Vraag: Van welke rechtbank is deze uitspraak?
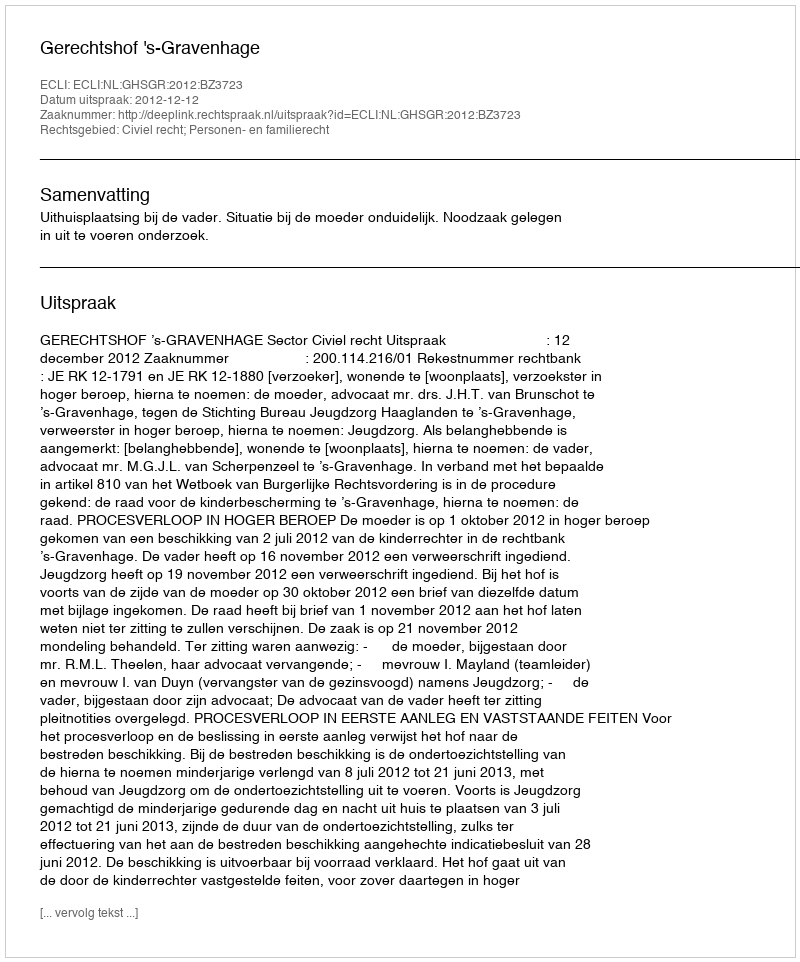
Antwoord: Gerechtshof 's-Gravenhage